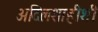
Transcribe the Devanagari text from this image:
अदिलशाहीशी